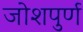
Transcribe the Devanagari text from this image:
जोशपुर्ण